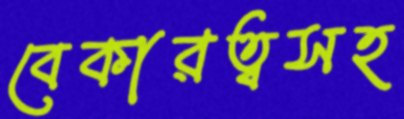
বেকারত্বসহ